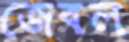
জেবল